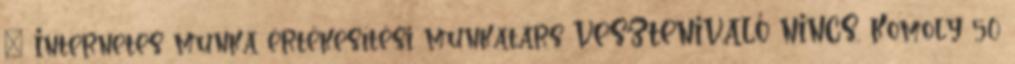
» Internetes munka értékesítési munkatárs VESZTENIVALÓ NINCS. Komoly 50